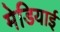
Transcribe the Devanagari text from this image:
मेडियाई